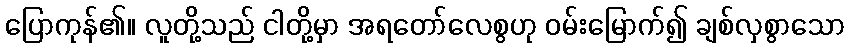
ပြောကုန်၏။ လူတို့သည် ငါတို့မှာ အရတော်လေစွဟု ဝမ်းမြောက်၍ ချစ်လှစွာသော